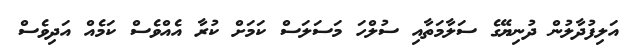
އަލިފުދާލުން ދުނިޔޭގެ ސަލާމަތާއި ސުލްހަ މަސަލަސް ކަމަށް ކުރާ އެއްވެސް ކަމެއް އަދިވެސް